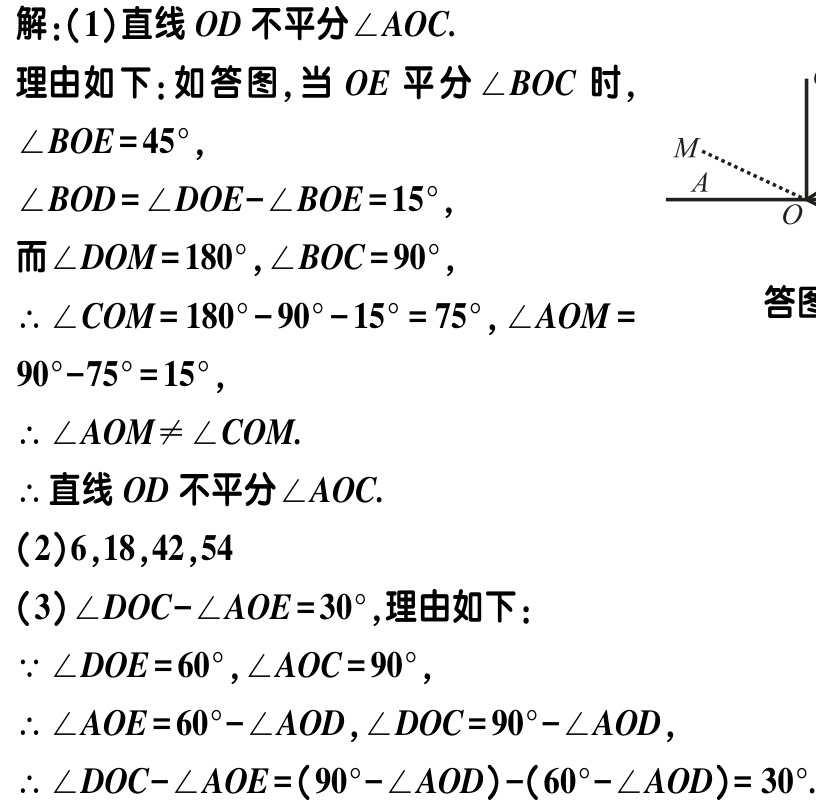
解：(1)直线 \(OD\) 不平分\(\angle AOC\).

理由如下：如答图,当 \(OE\) 平分\(\angle BOC\) 时,

\(\angle BOE = 45^{\circ}\),

\(\angle BOD=\angle DOE - \angle BOE = 15^{\circ}\),

而\(\angle DOM = 180^{\circ},\angle BOC = 90^{\circ}\),

\(\therefore \angle COM = 180^{\circ}-90^{\circ}-15^{\circ}=75^{\circ},\angle AOM = 90^{\circ}-75^{\circ}=15^{\circ}\),

\(\therefore \angle AOM\neq\angle COM\).

\(\therefore\)直线 \(OD\) 不平分\(\angle AOC\).

(2)\(6,18,42,54\)

(3)\(\angle DOC-\angle AOE = 30^{\circ}\),理由如下：

\(\because \angle DOE = 60^{\circ},\angle AOC = 90^{\circ}\),

\(\therefore \angle AOE = 60^{\circ}-\angle AOD,\angle DOC = 90^{\circ}-\angle AOD\),

\(\therefore \angle DOC-\angle AOE=(90^{\circ}-\angle AOD)-(60^{\circ}-\angle AOD)=30^{\circ}\).